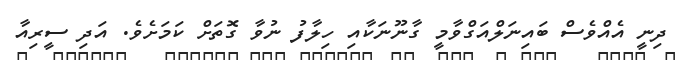
ދިނީ އެއްވެސް ބައިނަލްއަގްވާމީ ގާނޫނަކާއި ހިލާފު ނުވާ ގޮތަށް ކަމަށެވެ. އަދި ސީރިއާ